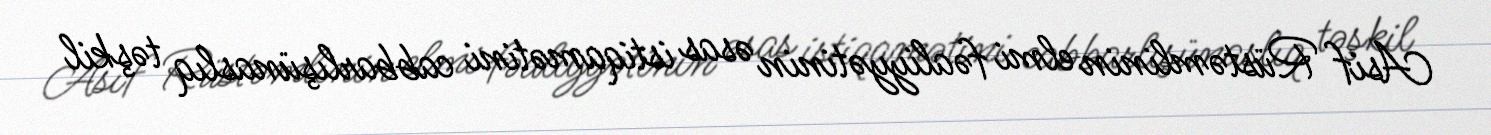
Asif Rüstəmlinin elmi fəaliyyətinin əsas istiqamətini cabbarlışünaslıq təşkil